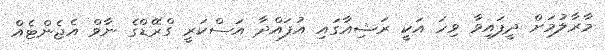
މާރާލުމަށް ދީފައިވާ ވިހަ އަކީ ރަޝިއާގައި އުފައްދާ އަސްކަރީ ގްރޭޑްގެ ނާވް އެޖެންޓެއް